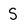
Character: S